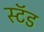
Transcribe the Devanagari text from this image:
स्‍टॅड